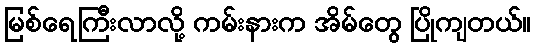
မြစ်ရေကြီးလာလို့ ကမ်းနားက အိမ်တွေ ပြိုကျတယ်။